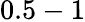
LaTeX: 0.5-1